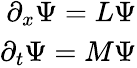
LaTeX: \begin{array}{r}{\partial_{x}\Psi=L\Psi}\\ {\partial_{t}\Psi=M\Psi}\end{array}